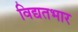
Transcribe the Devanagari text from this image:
विद्यतभार